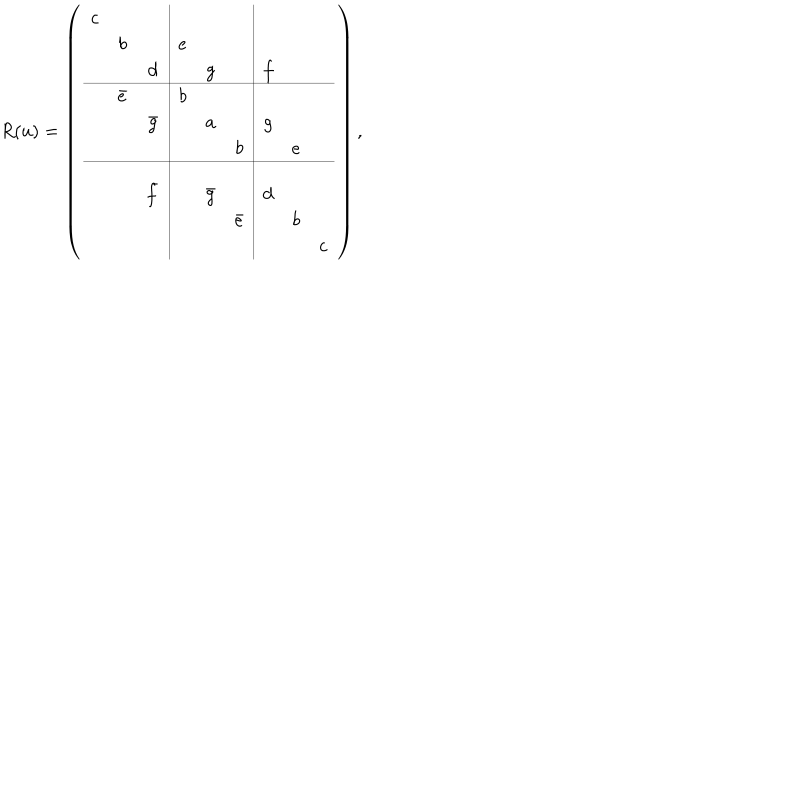
LaTeX: R ( u ) = \left( \begin{array} { c c c | c c c | c c c } { { c } } & { { } } & { { } } & { { } } & { { } } & { { } } & { { } } & { { } } & { { } } \\ { { } } & { { b } } & { { } } & { { e } } & { { } } & { { } } & { { } } & { { } } & { { } } \\ { { } } & { { } } & { { d } } & { { } } & { { g } } & { { } } & { { f } } & { { } } & { { } } \\ \hline { { } } & { { \bar { e } } } & { { } } & { { b } } & { { } } & { { } } & { { } } & { { } } & { { } } \\ { { } } & { { } } & { { \bar { g } } } & { { } } & { { a } } & { { } } & { { g } } & { { } } & { { } } \\ { { } } & { { } } & { { } } & { { } } & { { } } & { { b } } & { { } } & { { e } } & { { } } \\ \hline { { } } & { { } } & { { } } & { { } } & { { } } & { { } } & { { } } & { { } } & { { } } \\ { { } } & { { } } & { { \bar { f } } } & { { } } & { { \bar { g } } } & { { } } & { { d } } & { { } } & { { } } \\ { { } } & { { } } & { { } } & { { } } & { { } } & { { \bar { e } } } & { { } } & { { b } } & { { } } \\ { { } } & { { } } & { { } } & { { } } & { { } } & { { } } & { { } } & { { } } & { { c } } \\ \end{array} \right) ,